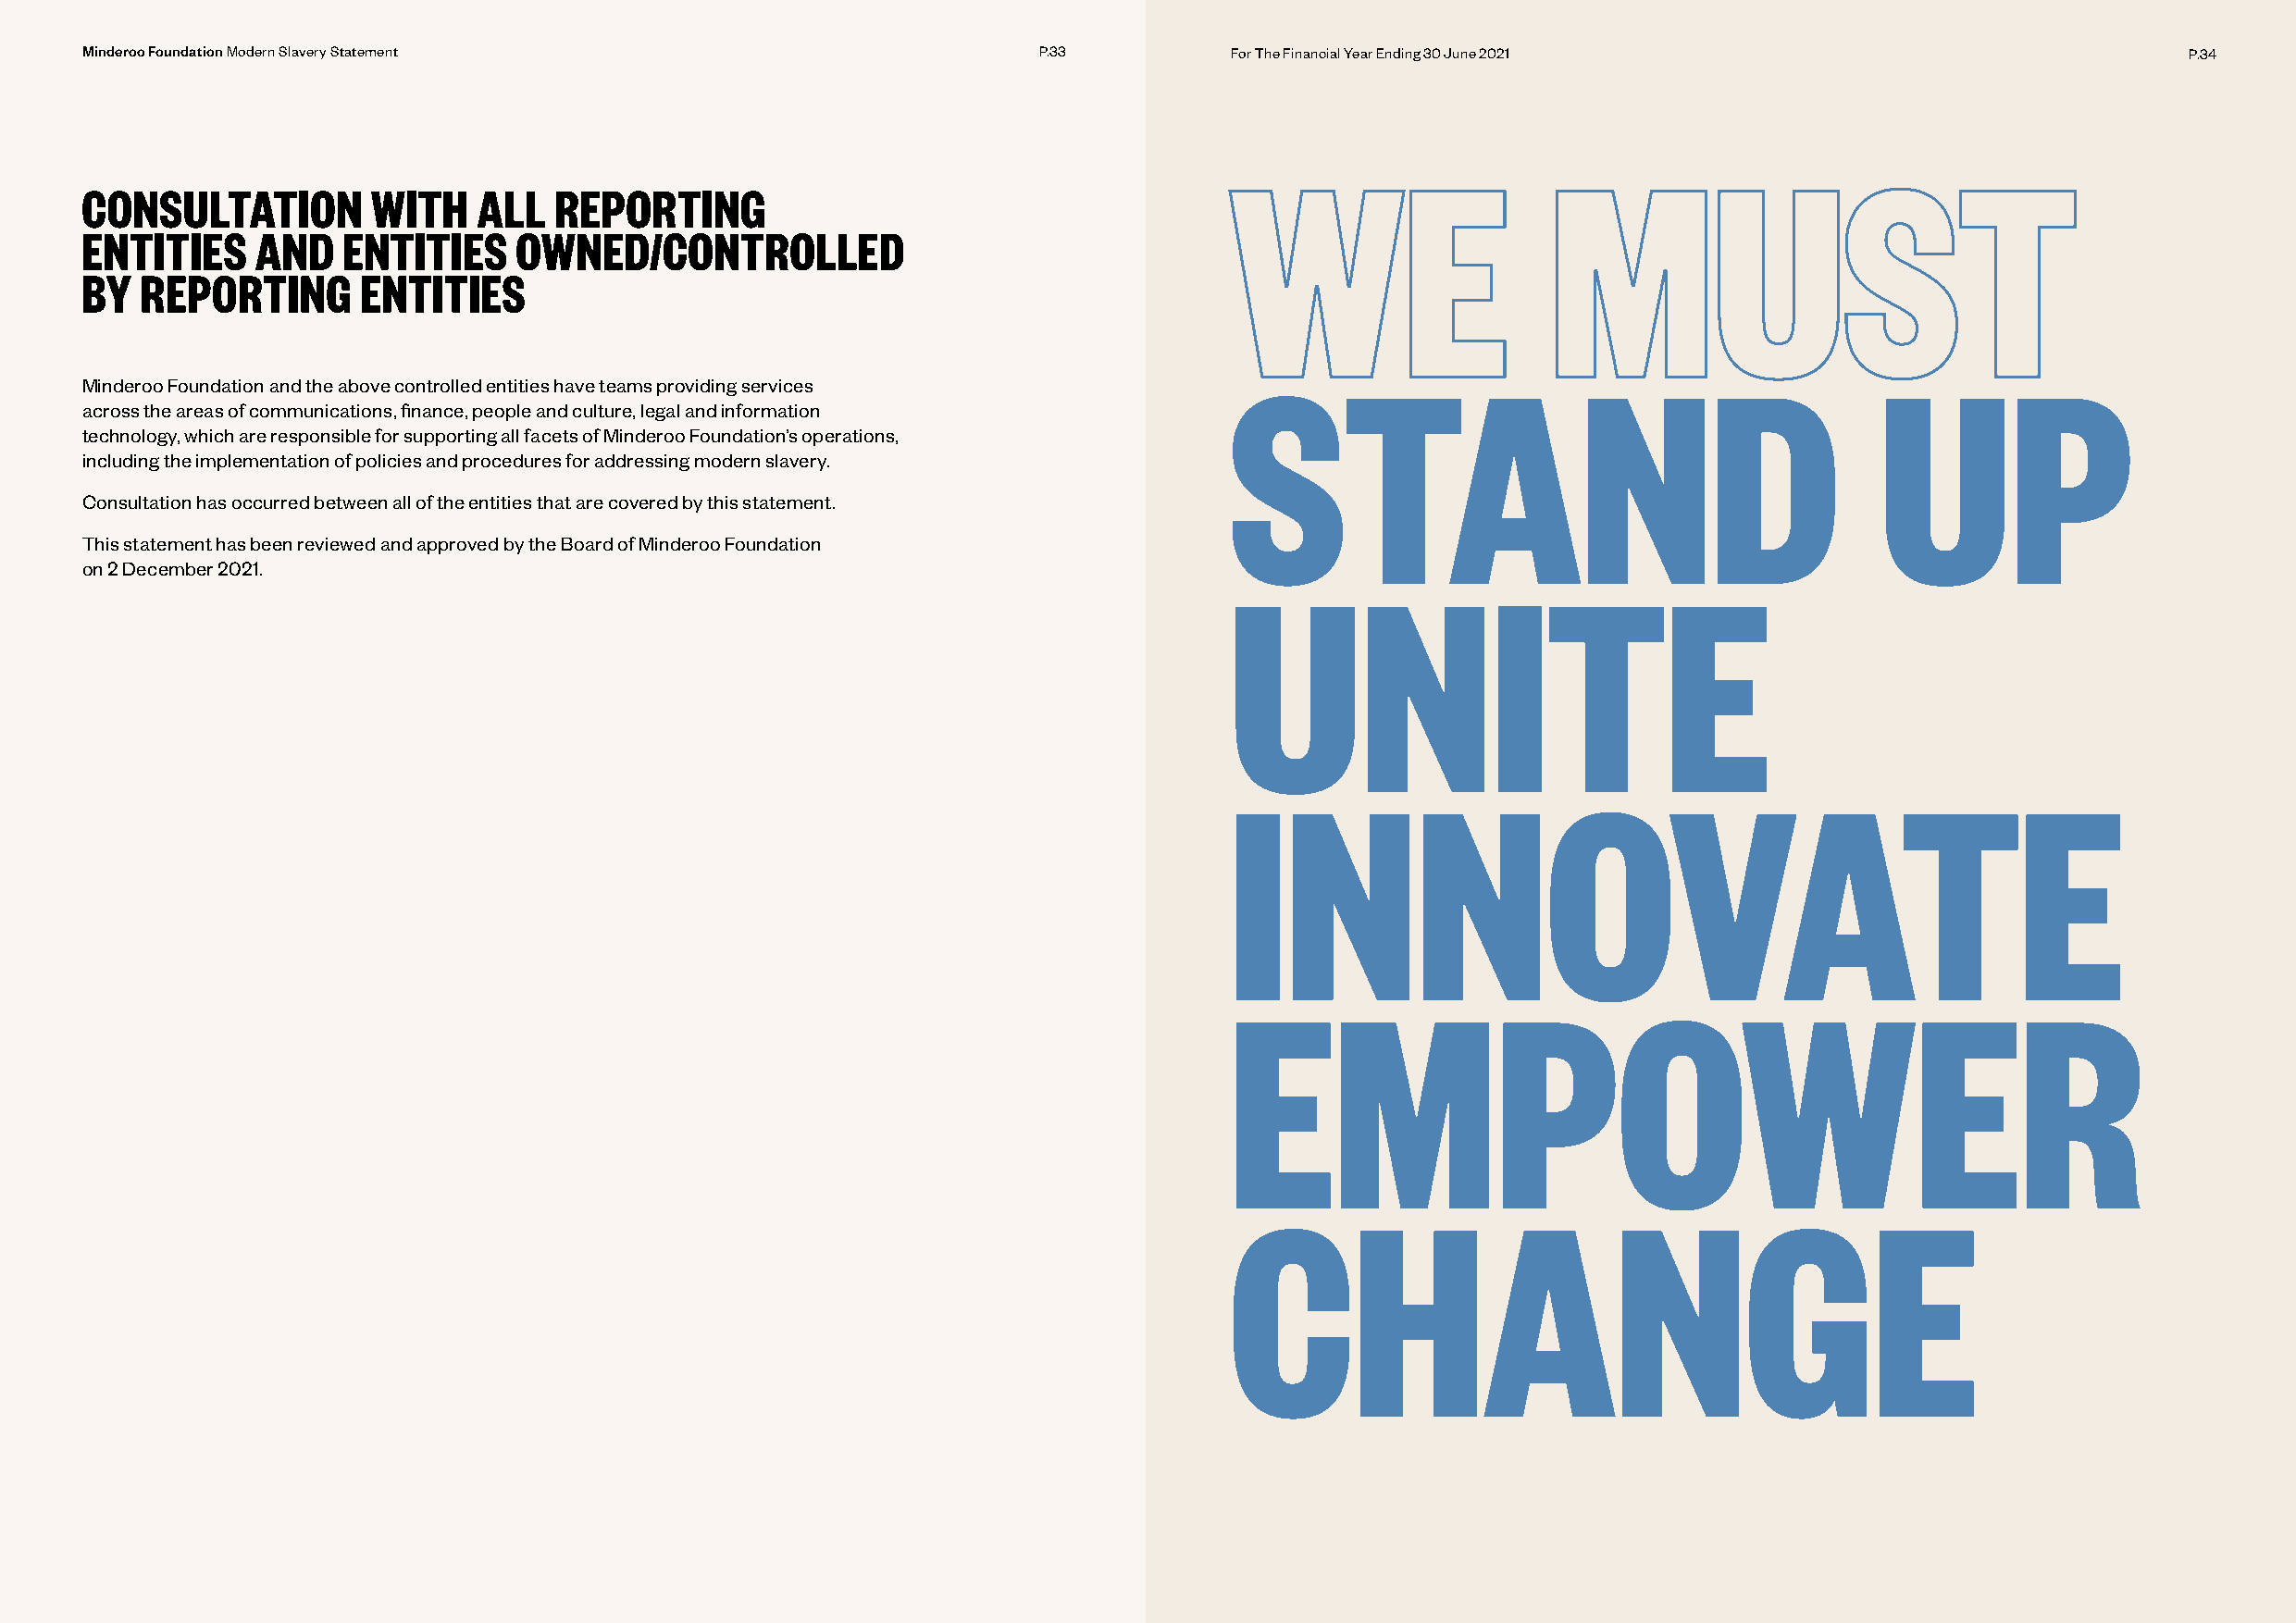
Minderoo Foundation Modern Slavery Statement                        P.33          For The Financial Year Ending 30 June 2021                           P.34
 WE                     MUST
 CONSULTATION         WITH   ALL   REPORTING
 ENTITIES    AND    ENTITIES    OWNED/CONTROLLED
 BY  REPORTING       ENTITIES
 STAND                                         UP
 Minderoo Foundation and the above controlled entities have teams providing services
 across the areas of communications, finance, people and culture, legal and information
 technology, which are responsible for supporting all facets of Minderoo Foundation’s operations,
 including the implementation of policies and procedures for addressing modern slavery.
 Consultation has occurred between all of the entities that are covered by this statement.
 This statement has been reviewed and approved by the Board of Minderoo Foundation
 on 2 December 2021.                                                               UNITE
 INNOVATE
 EMPOWER
 CHANGE